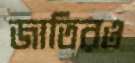
জাতিরও